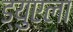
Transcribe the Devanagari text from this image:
ड्युएला